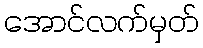
အောင်လက်မှတ်